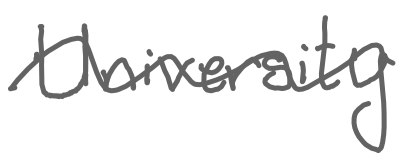
Text: University
Cross-out: wave
Writing tool: digital_gray